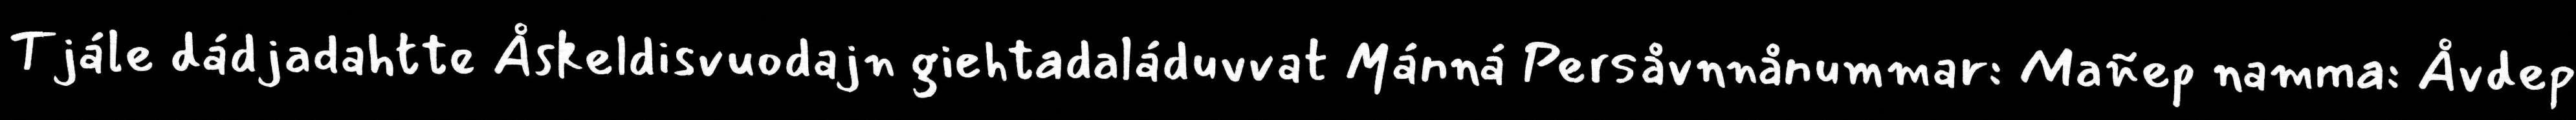
Tjále dádjadahtte Åskeldisvuodajn giehtadaláduvvat Mánná Persåvnnånummar: Mañep namma: Åvdep